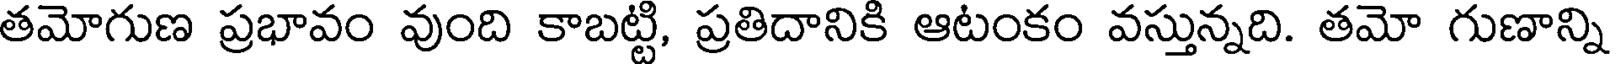
తమోగుణ ప్రభావం వుంది కాబట్టి, ప్రతిదానికి ఆటంకం వస్తున్నది. తమో గుణాన్ని